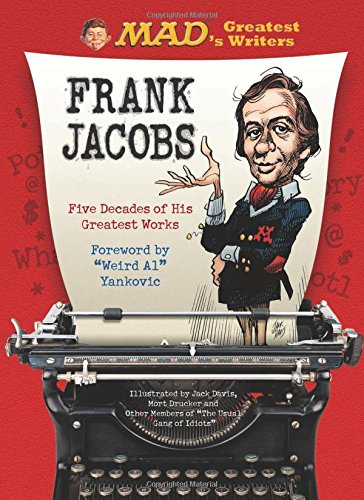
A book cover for MAD's Greatest Writers: Frank Jacobs: Five Decades of His Greatest Works; Frank Jacobs; Comics & Graphic Novels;